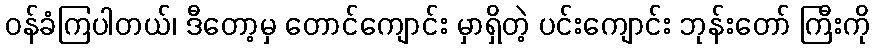
ဝန်ခံကြပါတယ်၊ ဒီတော့မှ တောင်ကျောင်း မှာရှိတဲ့ ပင်းကျောင်း ဘုန်းတော် ကြီးကို